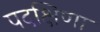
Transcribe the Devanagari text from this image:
पदक्षिणा